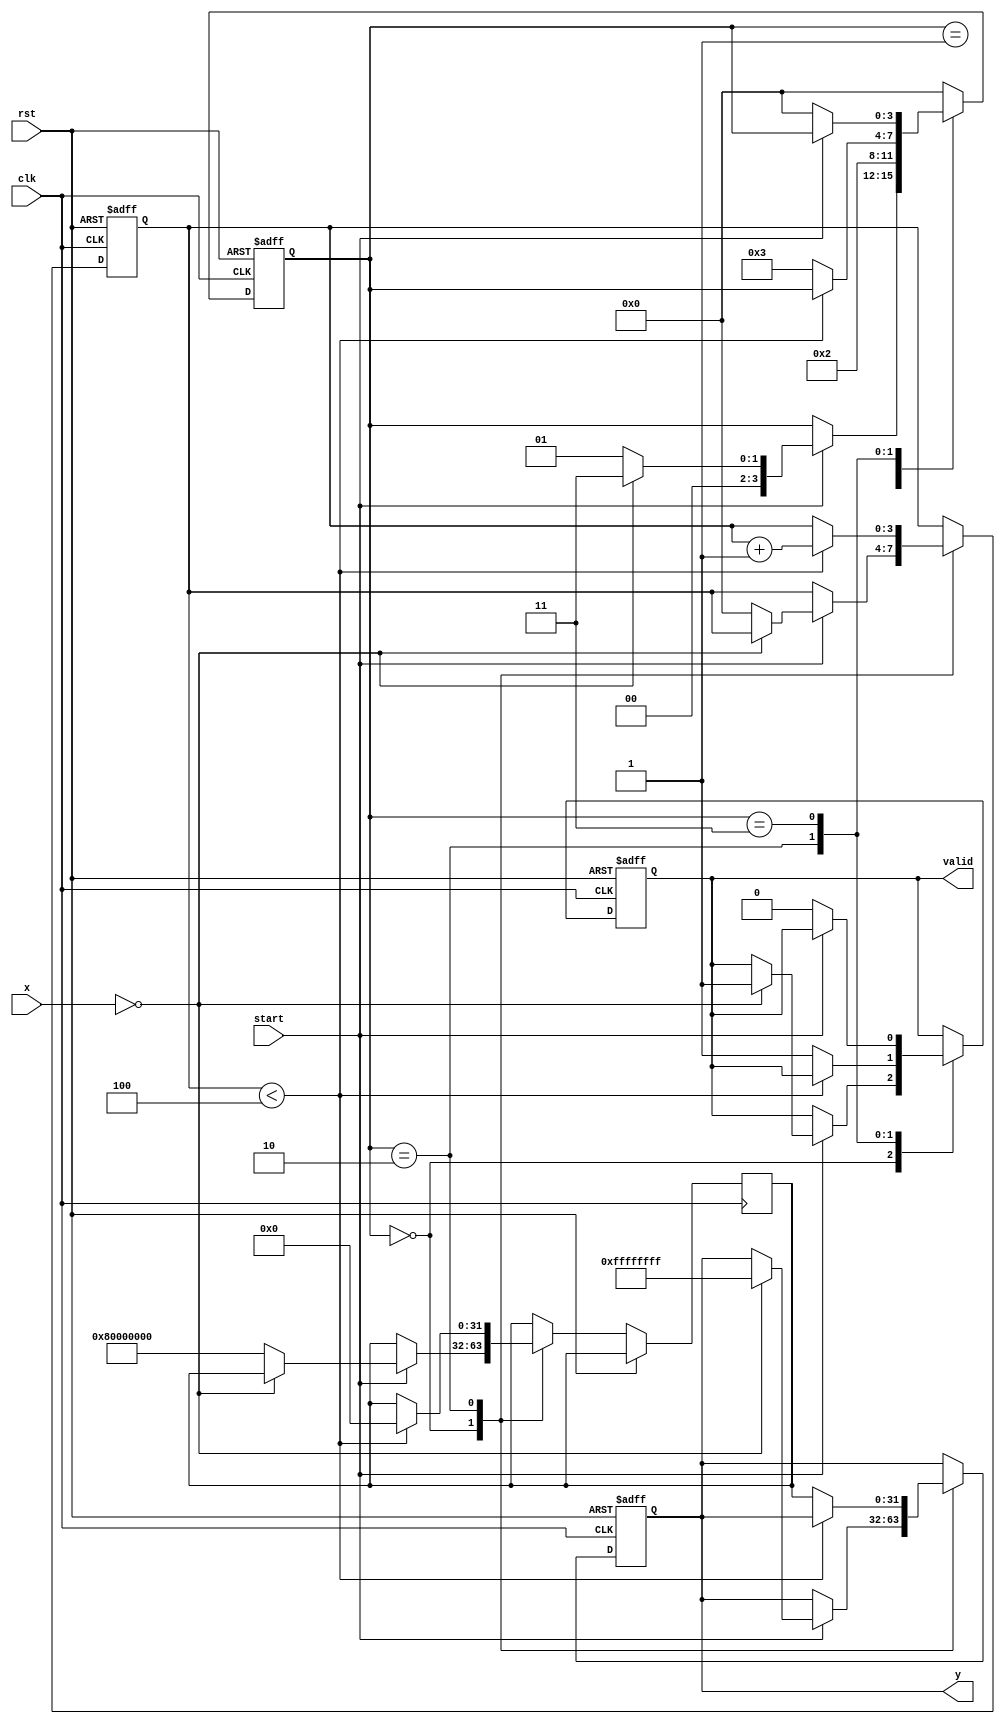
module binary_fractional_reciprocal #(
    parameter N = 16, // Input width
    parameter M = 32  // Output width (must be greater than N)
)(
    input wire clk,
    input wire rst,
    input wire [N-1:0] x, // Input fixed-point binary number
    input wire start, // Start signal for computation
    output reg [M-1:0] y, // Output reciprocal value
    output reg valid // Output valid signal
);

    reg [M-1:0] approx; // Current approximation of 1/x
    reg [N-1:0] x_reg; // Registered input value
    reg [3:0] state; // State variable for FSM
    reg [3:0] iteration_count; // Iteration counter

    localparam IDLE = 0, INIT = 1, ITERATE = 2, DONE = 3;

    // Handle input and state transitions
    always @(posedge clk or posedge rst) begin
        if (rst) begin
            state <= IDLE;
            valid <= 0;
            y <= 0;
            iteration_count <= 0;
        end else begin
            case (state)
                IDLE: begin
                    if (start) begin
                        if (x == 0) begin
                            y <= {M{1'b1}}; // Return large value for zero input
                            valid <= 1;
                            state <= DONE;
                        end else begin
                            x_reg <= x;
                            approx <= {1'b1, {M-1{1'b0}}}; // Initial approximation (1.0)
                            iteration_count <= 0;
                            state <= INIT;
                        end
                    end
                end

                INIT: begin
                    // Start the Newton-Raphson iterations
                    state <= ITERATE;
                end

                ITERATE: begin
                    if (iteration_count < 4) begin // Fixed number of iterations
                        approx <= approx * (2**M - x_reg * approx) >> M; // Newton-Raphson update
                        iteration_count <= iteration_count + 1;
                    end else begin
                        y <= approx; // Final approximation
                        valid <= 1;
                        state <= DONE;
                    end
                end

                DONE: begin
                    if (!start) begin // Wait for start signal to reset
                        state <= IDLE;
                        valid <= 0;
                    end
                end

                default: state <= IDLE;
            endcase
        end
    end

endmodule